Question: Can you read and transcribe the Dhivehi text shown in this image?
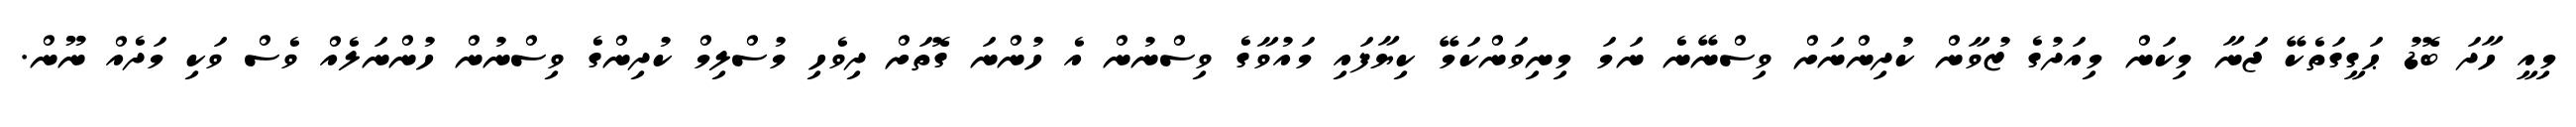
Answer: މިއީ ހާދަ ބޮޑު ޙަގީގަތެކޭ ޖަނާ މިކަން މިއަދުގެ ޒުވާން ކުދިންނަށް ވިސްނޭނެ ނަމަ މިނިވަންކަމޭ ކިޔާފައި މައުވާގެ ވިސްނުން އެ ހުންނަ ގޮތަށް ދިވެހި މުސްލިމް ކުދިންގެ ވިސްނުން ހުންނަލެއް ވެސް ވަކި މަދެއް ނޫން.